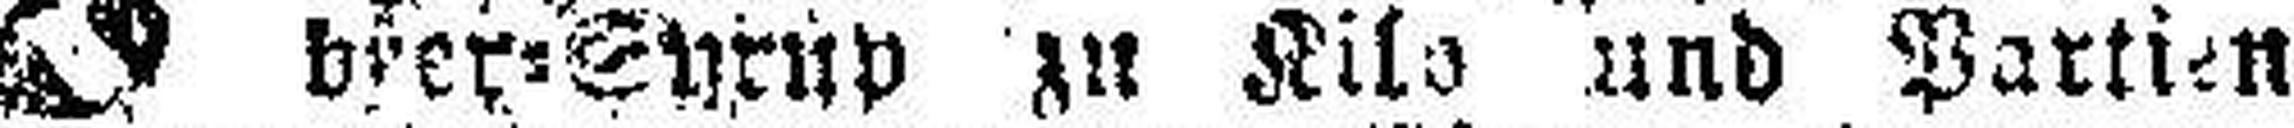
beer=Syrup zu Kila und Partien